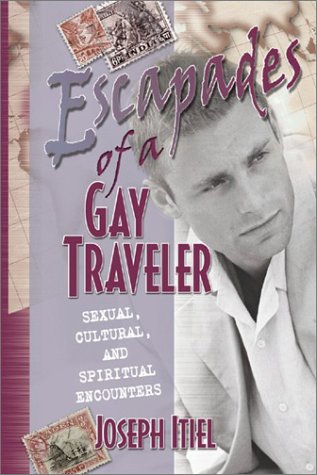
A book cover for Escapades of a Gay Traveler: Sexual, Cultural, and Spiritual Encounters; Joseph Itiel; Gay & Lesbian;